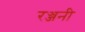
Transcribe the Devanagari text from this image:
रञ्जनी